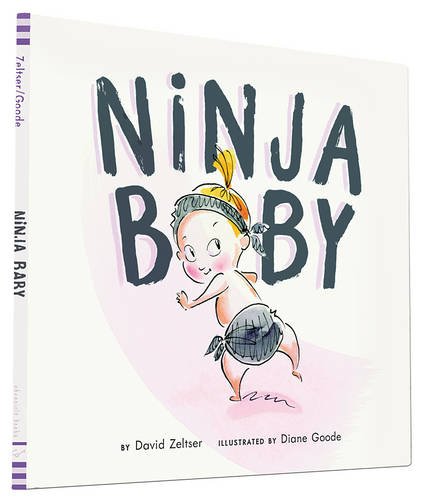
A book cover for Ninja Baby; David Zeltser; Children's Books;